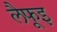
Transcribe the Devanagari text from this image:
लैफूइ